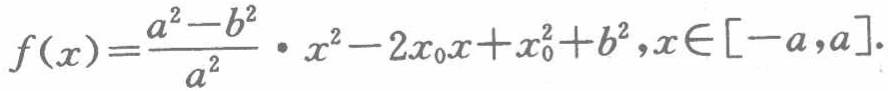
\[f(x)=\frac{a^{2}-b^{2}}{a^{2}}\cdot x^{2}-2x_{0}x + x_{0}^{2}+b^{2},x\in[-a,a].\]